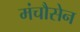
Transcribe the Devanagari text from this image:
मंचौसेन